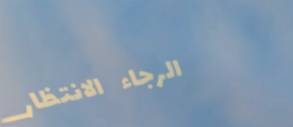
الرجاء الانتظار